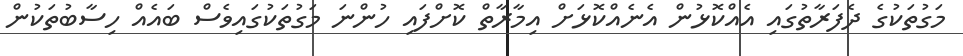
މަގުތަކުގެ ދެފަރާތުގައި އެއްކޮޅުން އެނެއްކޮޅަށް އިމާރާތް ކޮށްފައި ހުންނަ މަގުތަކުގައިިވެސް ބައެއް ހިސާބުތަކުން